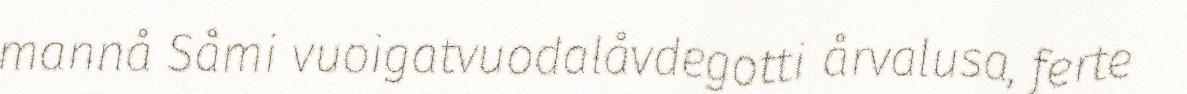
mannå Såmi vuoigatvuodalåvdegotti årvalusa, ferte